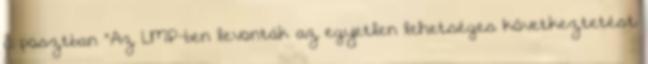
a posztban "Az LMP-ben levonták az egyetlen lehetséges következtetést